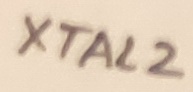
Text: XTAL2